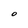
Character: O